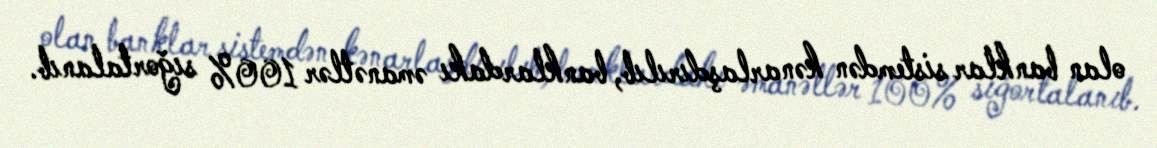
olan banklar sistemdən kənarlaşdırılıb, banklardakı əmanətlər 100% sığortalanıb.